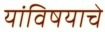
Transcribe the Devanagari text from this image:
यांविषयाचे